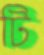
টি